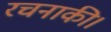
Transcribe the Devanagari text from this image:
रचनाकी।